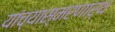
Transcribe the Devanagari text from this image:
यांच्यास्मरणार्थ